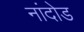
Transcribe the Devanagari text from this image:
नांदोड